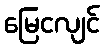
မြေငလျင်